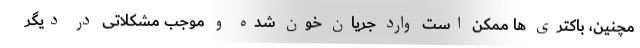
مچنین، باکتری ها ممکن است وارد جریان خون شده و موجب مشکلاتی در دیگر